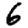
Digit: 6